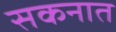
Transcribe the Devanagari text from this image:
सकनात